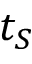
t _ { S }